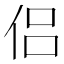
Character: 侣